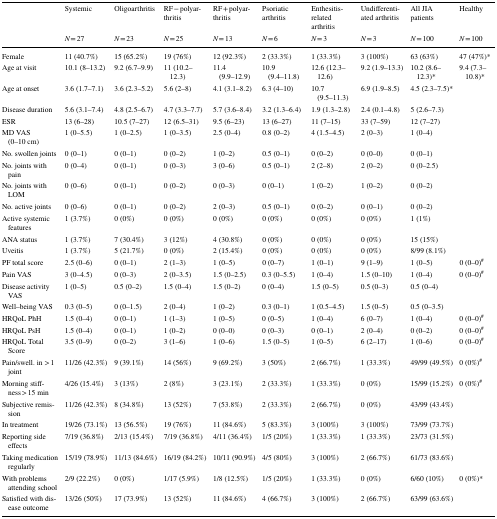
<table><thead><tr><td rowspan="2"></td><td><b>Systemic</b></td><td><b>Oligoarthritis</b></td><td><b>RF − polyarthritis</b></td><td><b>RF + polyarthritis</b></td><td><b>Psoriatic arthritis</b></td><td><b>Enthesitis-related arthritis</b></td><td><b>Undifferentiated arthritis</b></td><td><b>All JIA patients</b></td><td><b>Healthy</b></td></tr><tr><td><b><i>N</i> = 27</b></td><td><b><i>N</i> = 23</b></td><td><b><i>N</i> = 25</b></td><td><b><i>N</i> = 13</b></td><td><b><i>N</i> = 6</b></td><td><b><i>N</i> = 3</b></td><td><b><i>N</i> = 3</b></td><td><b><i>N</i> = 100</b></td><td><b><i>N</i> = 100</b></td></tr></thead><tbody><tr><td>Female</td><td>11 (40.7%)</td><td>15 (65.2%)</td><td>19 (76%)</td><td>12 (92.3%)</td><td>2 (33.3%)</td><td>1 (33.3%)</td><td>3 (100%)</td><td>63 (63%)</td><td>47 (47%)*</td></tr><tr><td>Age at visit</td><td>10.1 (8–13.2)</td><td>9.2 (6.7–9.9)</td><td>11 (10.2–12.3)</td><td>11.4 (9.9–12.9)</td><td>10.9 (9.4–11.8)</td><td>12.6 (12.3–12.6)</td><td>9.2 (1.9–13.3)</td><td>10.2 (8.6–12.3)*</td><td>9.4 (7.3–10.8)*</td></tr><tr><td>Age at onset</td><td>3.6 (1.7–7.1)</td><td>3.6 (2.3–5.2)</td><td>5.6 (2–8)</td><td>4.1 (3.1–8.2)</td><td>6.3 (4–10)</td><td>10.7 (9.5–11.3)</td><td>6.9 (1.9–8.5)</td><td>4.5 (2.3–7.5)*</td><td></td></tr><tr><td>Disease duration</td><td>5.6 (3.1–7.4)</td><td>4.8 (2.5–6.7)</td><td>4.7 (3.3–7.7)</td><td>5.7 (3.6–8.4)</td><td>3.2 (1.3–6.4)</td><td>1.9 (1.3–2.8)</td><td>2.4 (0.1–4.8)</td><td>5 (2.6–7.3)</td><td></td></tr><tr><td>ESR</td><td>13 (6–28)</td><td>10.5 (7–27)</td><td>12 (6.5–31)</td><td>9.5 (6–23)</td><td>13 (6–27)</td><td>11 (7–15)</td><td>33 (7–59)</td><td>12 (7–27)</td><td></td></tr><tr><td>MD VAS (0–10 cm)</td><td>1 (0–5.5)</td><td>1 (0–2.5)</td><td>1 (0–3.5)</td><td>2.5 (0–4)</td><td>0.8 (0–2)</td><td>4 (1.5–4.5)</td><td>2 (0–3)</td><td>1 (0–4)</td><td></td></tr><tr><td>No. swollen joints</td><td>0 (0–1)</td><td>0 (0–1)</td><td>0 (0–2)</td><td>1 (0–2)</td><td>0.5 (0–1)</td><td>0 (0–2)</td><td>0 (0–0)</td><td>0 (0–1)</td><td></td></tr><tr><td>No. joints with pain</td><td>0 (0–4)</td><td>0 (0–1)</td><td>0 (0–3)</td><td>3 (0–6)</td><td>0.5 (0–1)</td><td>2 (2–8)</td><td>2 (0–2)</td><td>0 (0–2.5)</td><td></td></tr><tr><td>No. joints with LOM</td><td>0 (0–6)</td><td>0 (0–1)</td><td>0 (0–2)</td><td>0 (0–3)</td><td>0 (0–1)</td><td>1 (0–2)</td><td>1 (0–2)</td><td>0 (0–2)</td><td></td></tr><tr><td>No. active joints</td><td>0 (0–6)</td><td>0 (0–1)</td><td>0 (0–2)</td><td>2 (0–3)</td><td>0.5 (0–1)</td><td>0 (0–2)</td><td>0 (0–1)</td><td>0 (0–2)</td><td></td></tr><tr><td>Active systemic features</td><td>1 (3.7%)</td><td>0 (0%)</td><td>0 (0%)</td><td>0 (0%)</td><td>0 (0%)</td><td>0 (0%)</td><td>0 (0%)</td><td>1 (1%)</td><td></td></tr><tr><td>ANA status</td><td>1 (3.7%)</td><td>7 (30.4%)</td><td>3 (12%)</td><td>4 (30.8%)</td><td>0 (0%)</td><td>0 (0%)</td><td>0 (0%)</td><td>15 (15%)</td><td></td></tr><tr><td>Uveitis</td><td>1 (3.7%)</td><td>5 (21.7%)</td><td>0 (0%)</td><td>2 (15.4%)</td><td>0 (0%)</td><td>0 (0%)</td><td>0 (0%)</td><td>8/99 (8.1%)</td><td></td></tr><tr><td>PF total score</td><td>2.5 (0–6)</td><td>0 (0–1)</td><td>2 (1–3)</td><td>1 (0–5)</td><td>0 (0–7)</td><td>1 (0–1)</td><td>9 (1–9)</td><td>1 (0–5)</td><td>0 (0–0)<sup>#</sup></td></tr><tr><td>Pain VAS</td><td>3 (0–4.5)</td><td>0 (0–3)</td><td>2 (0–3.5)</td><td>1.5 (0–2.5)</td><td>0.3 (0–5.5)</td><td>1 (0–4)</td><td>1.5 (0–10)</td><td>1 (0–4)</td><td>0 (0–0)<sup>#</sup></td></tr><tr><td>Disease activity VAS</td><td>1 (0–5)</td><td>0.5 (0–2)</td><td>1.5 (0–4)</td><td>1.5 (0–2)</td><td>0 (0–4)</td><td>1.5 (0–5)</td><td>0.5 (0–3)</td><td>0.5 (0–4)</td><td></td></tr><tr><td>Well–being VAS</td><td>0.3 (0–5)</td><td>0 (0–1.5)</td><td>2 (0–4)</td><td>1 (0–2)</td><td>0.3 (0–1)</td><td>1 (0.5–4.5)</td><td>1.5 (0–5)</td><td>0.5 (0–3.5)</td><td></td></tr><tr><td>HRQoL PhH</td><td>1.5 (0–4)</td><td>0 (0–1)</td><td>1 (1–3)</td><td>1 (0–5)</td><td>0 (0–5)</td><td>1 (0–4)</td><td>6 (0–7)</td><td>1 (0–4)</td><td>0 (0–0)<sup>#</sup></td></tr><tr><td>HRQoL PsH</td><td>1.5 (0–4)</td><td>0 (0–1)</td><td>1 (0–2)</td><td>0 (0–0)</td><td>0 (0–3)</td><td>0 (0–1)</td><td>2 (0–4)</td><td>0 (0–2)</td><td>0 (0–0)<sup>#</sup></td></tr><tr><td>HRQoL Total Score</td><td>3.5 (0–9)</td><td>0 (0–2)</td><td>3 (1–6)</td><td>1 (0–6)</td><td>1.5 (0–5)</td><td>1 (0–5)</td><td>6 (2–17)</td><td>1 (0–6)</td><td>0 (0–0)<sup>#</sup></td></tr><tr><td>Pain/swell. in &gt; 1 joint</td><td>11/26 (42.3%)</td><td>9 (39.1%)</td><td>14 (56%)</td><td>9 (69.2%)</td><td>3 (50%)</td><td>2 (66.7%)</td><td>1 (33.3%)</td><td>49/99 (49.5%)</td><td>0 (0%)<sup>#</sup></td></tr><tr><td>Morning stiffness &gt; 15 min</td><td>4/26 (15.4%)</td><td>3 (13%)</td><td>2 (8%)</td><td>3 (23.1%)</td><td>2 (33.3%)</td><td>1 (33.3%)</td><td>0 (0%)</td><td>15/99 (15.2%)</td><td>0 (0%)<sup>#</sup></td></tr><tr><td>Subjective remission</td><td>11/26 (42.3%)</td><td>8 (34.8%)</td><td>13 (52%)</td><td>7 (53.8%)</td><td>2 (33.3%)</td><td>2 (66.7%)</td><td>0 (0%)</td><td>43/99 (43.4%)</td><td></td></tr><tr><td>In treatment</td><td>19/26 (73.1%)</td><td>13 (56.5%)</td><td>19 (76%)</td><td>11 (84.6%)</td><td>5 (83.3%)</td><td>3 (100%)</td><td>3 (100%)</td><td>73/99 (73.7%)</td><td></td></tr><tr><td>Reporting side effects</td><td>7/19 (36.8%)</td><td>2/13 (15.4%)</td><td>7/19 (36.8%)</td><td>4/11 (36.4%)</td><td>1/5 (20%)</td><td>1 (33.3%)</td><td>1 (33.3%)</td><td>23/73 (31.5%)</td><td></td></tr><tr><td>Taking medication regularly</td><td>15/19 (78.9%)</td><td>11/13 (84.6%)</td><td>16/19 (84.2%)</td><td>10/11 (90.9%)</td><td>4/5 (80%)</td><td>3 (100%)</td><td>2 (66.7%)</td><td>61/73 (83.6%)</td><td></td></tr><tr><td>With problems attending school</td><td>2/9 (22.2%)</td><td>0 (0%)</td><td>1/17 (5.9%)</td><td>1/8 (12.5%)</td><td>1/5 (20%)</td><td>1 (33.3%)</td><td>0 (0%)</td><td>6/60 (10%)</td><td>0 (0%)*</td></tr><tr><td>Satisfied with disease outcome</td><td>13/26 (50%)</td><td>17 (73.9%)</td><td>13 (52%)</td><td>11 (84.6%)</td><td>4 (66.7%)</td><td>3 (100%)</td><td>2 (66.7%)</td><td>63/99 (63.6%)</td><td></td></tr></tbody></table>